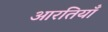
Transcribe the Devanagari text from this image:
आरतियाँ